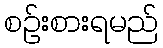
စဉ်းစားရမည်